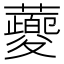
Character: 蘷